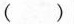
( )